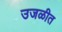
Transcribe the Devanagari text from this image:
उजळीत